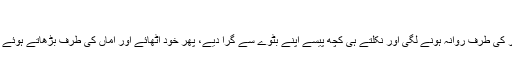
"
نینا نے گھر کی طرف روانہ ہونے لگی اور نکلتے ہی کچھ پیسے اپنے بٹوے سے گرا دیے، پھر خود اٹھائے اور اماں کی طرف بڑھاتے ہوئے بولی "اماں!